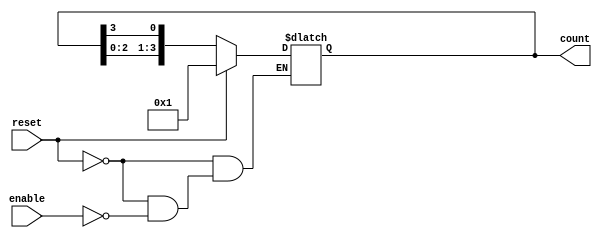
module async_ring_counter #(
    parameter N = 4  // Number of bits in the ring counter
)(
    input wire reset,   // Asynchronous reset signal
    input wire enable,  // Enable signal for the counter
    output reg [N-1:0] count // Output state of the counter
);

// Initial state
initial begin
    count = 4'b0001; // Start with the first flip-flop set to '1'
end

// Asynchronous logic for the ring counter
always @(*) begin
    if (reset) begin
        count = 4'b0001; // Reset to the initial state
    end else if (enable) begin
        count = {count[N-2:0], count[N-1]}; // Shift left and wrap the last bit
    end
end

endmodule